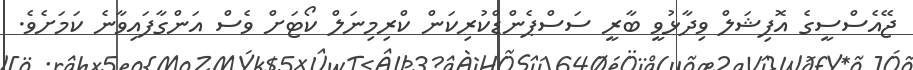
ޖޭއެސްސީގެ އޮފިޝަލް ވިދާޅުވީ ބާރީ ސަސްޕެންޑްކުރިކަން ކްރިމިނަލް ކޯޓަށް ވެސް އަންގާފައިވާނެ ކަމަށެވެ.